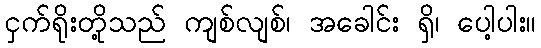
ငှက်ရိုးတို့သည် ကျစ်လျစ်၊ အခေါင်း ရှိ၊ ပေါ့ပါး။